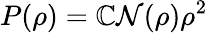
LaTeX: P(\rho)=\mathbb{C}\mathcal{{N}}(\rho)\rho^{2}